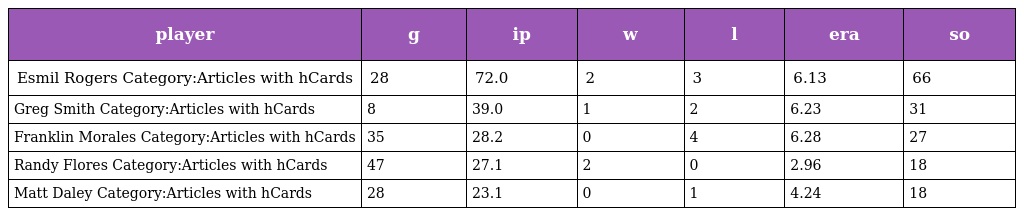
| player | g | ip | w | l | era | so |
 | --- | --- | --- | --- | --- | --- | --- |
 | Esmil Rogers Category:Articles with hCards | 28 | 72.0 | 2 | 3 | 6.13 | 66 |
 | Greg Smith Category:Articles with hCards | 8 | 39.0 | 1 | 2 | 6.23 | 31 |
 | Franklin Morales Category:Articles with hCards | 35 | 28.2 | 0 | 4 | 6.28 | 27 |
 | Randy Flores Category:Articles with hCards | 47 | 27.1 | 2 | 0 | 2.96 | 18 |
 | Matt Daley Category:Articles with hCards | 28 | 23.1 | 0 | 1 | 4.24 | 18 |